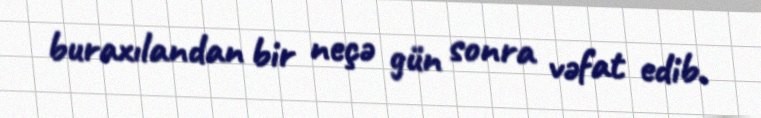
buraxılandan bir neçə gün sonra vəfat edib.